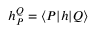
\begin{array} { r } { h _ { P } ^ { Q } = \langle { P } | h | { Q } \rangle } \end{array}